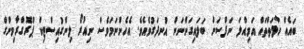
ބައެއް ހާލަތްތައް އަމިއްލަ ނަފްސަށް ބަލައިގަންނަން އުނދަގުވެއެވެ. އެހެންނަމަވެސް ނިއުރޯ ލިންގުއިސްޓިކް ޕްރޮގްރާމިންގް